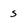
Character: S